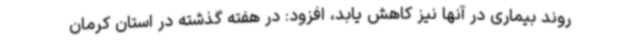
روند بیماری در آنها نیز کاهش یابد، افزود: در هفته گذشته در استان کرمان